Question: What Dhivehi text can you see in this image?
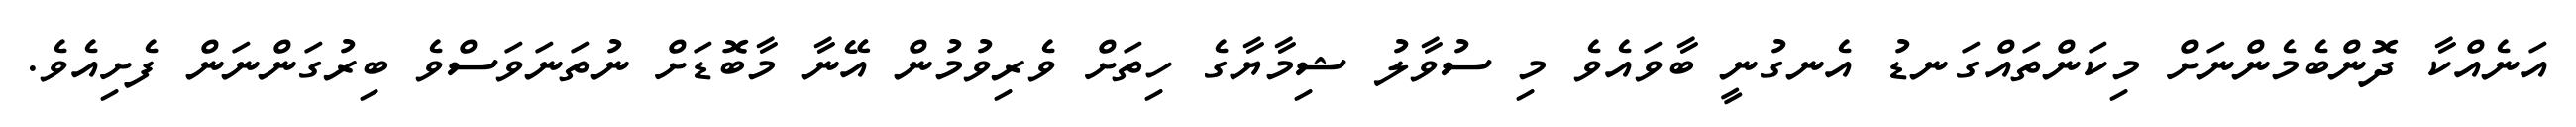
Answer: އަނެއްކާ ދޮންބެމެންނަށް މިކަންތައްގަނޑު އެނގުނީ ބާވައެވެ މި ސުވާލު ޝިމާޔާގެ ހިތަށް ވެރިވުމުން އޭނާ މާބޮޑަށް ނުތަނަވަސްވެ ބިރުގަންނަން ފެށިއެވެ.